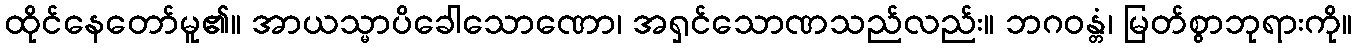
ထိုင်နေတော်မူ၏။ အာယသ္မာပိခေါသောဏော၊ အရှင်သောဏသည်လည်း။ ဘဂဝန္တံ၊ မြတ်စွာဘုရားကို။